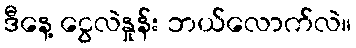
ဒီနေ့ ငွေလဲနှုန်း ဘယ်လောက်လဲ။